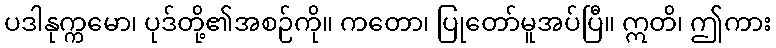
ပဒါနုက္ကမော၊ ပုဒ်တို့၏အစဉ်ကို။ ကတော၊ ပြုတော်မူအပ်ပြီ။ ဣတိ၊ ဤကား